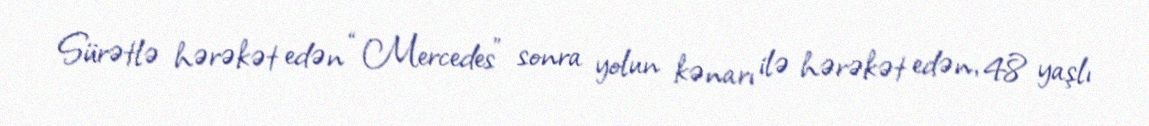
Sürətlə hərəkət edən “Mercedes” sonra yolun kənarı ilə hərəkət edən, 48 yaşlı